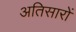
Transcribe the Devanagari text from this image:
अतिसारों